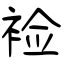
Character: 裣